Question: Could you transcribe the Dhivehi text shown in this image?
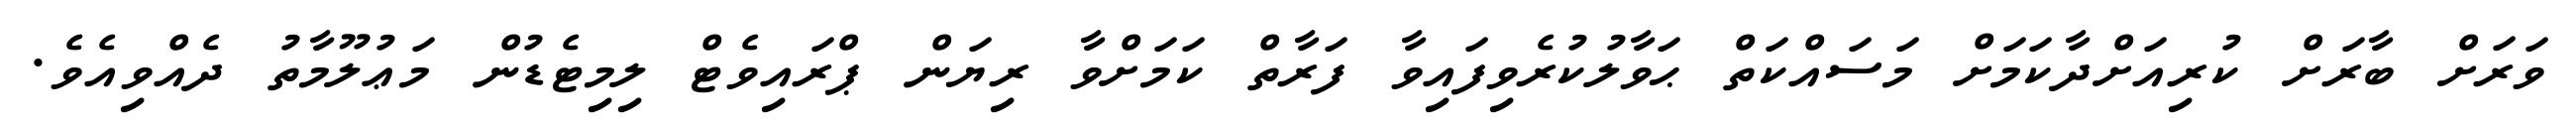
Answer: ވަރަށް ބާރަށް ކުރިއަށްދާކަމަށް މަސައްކަތް ޙަވާލުކުރެވިފައިވާ ފަރާތް ކަމަށްވާ ރިޔަން ޕްރައިވެޓް ލިމިޓެޑުން މަޢުލޫމާތު ދެއްވިއެވެ.